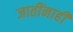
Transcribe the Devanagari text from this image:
जातींनाही